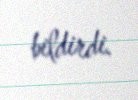
bildirdi.